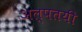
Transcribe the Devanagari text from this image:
अल्पतयी